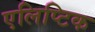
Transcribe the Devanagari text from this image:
एलिप्टिक